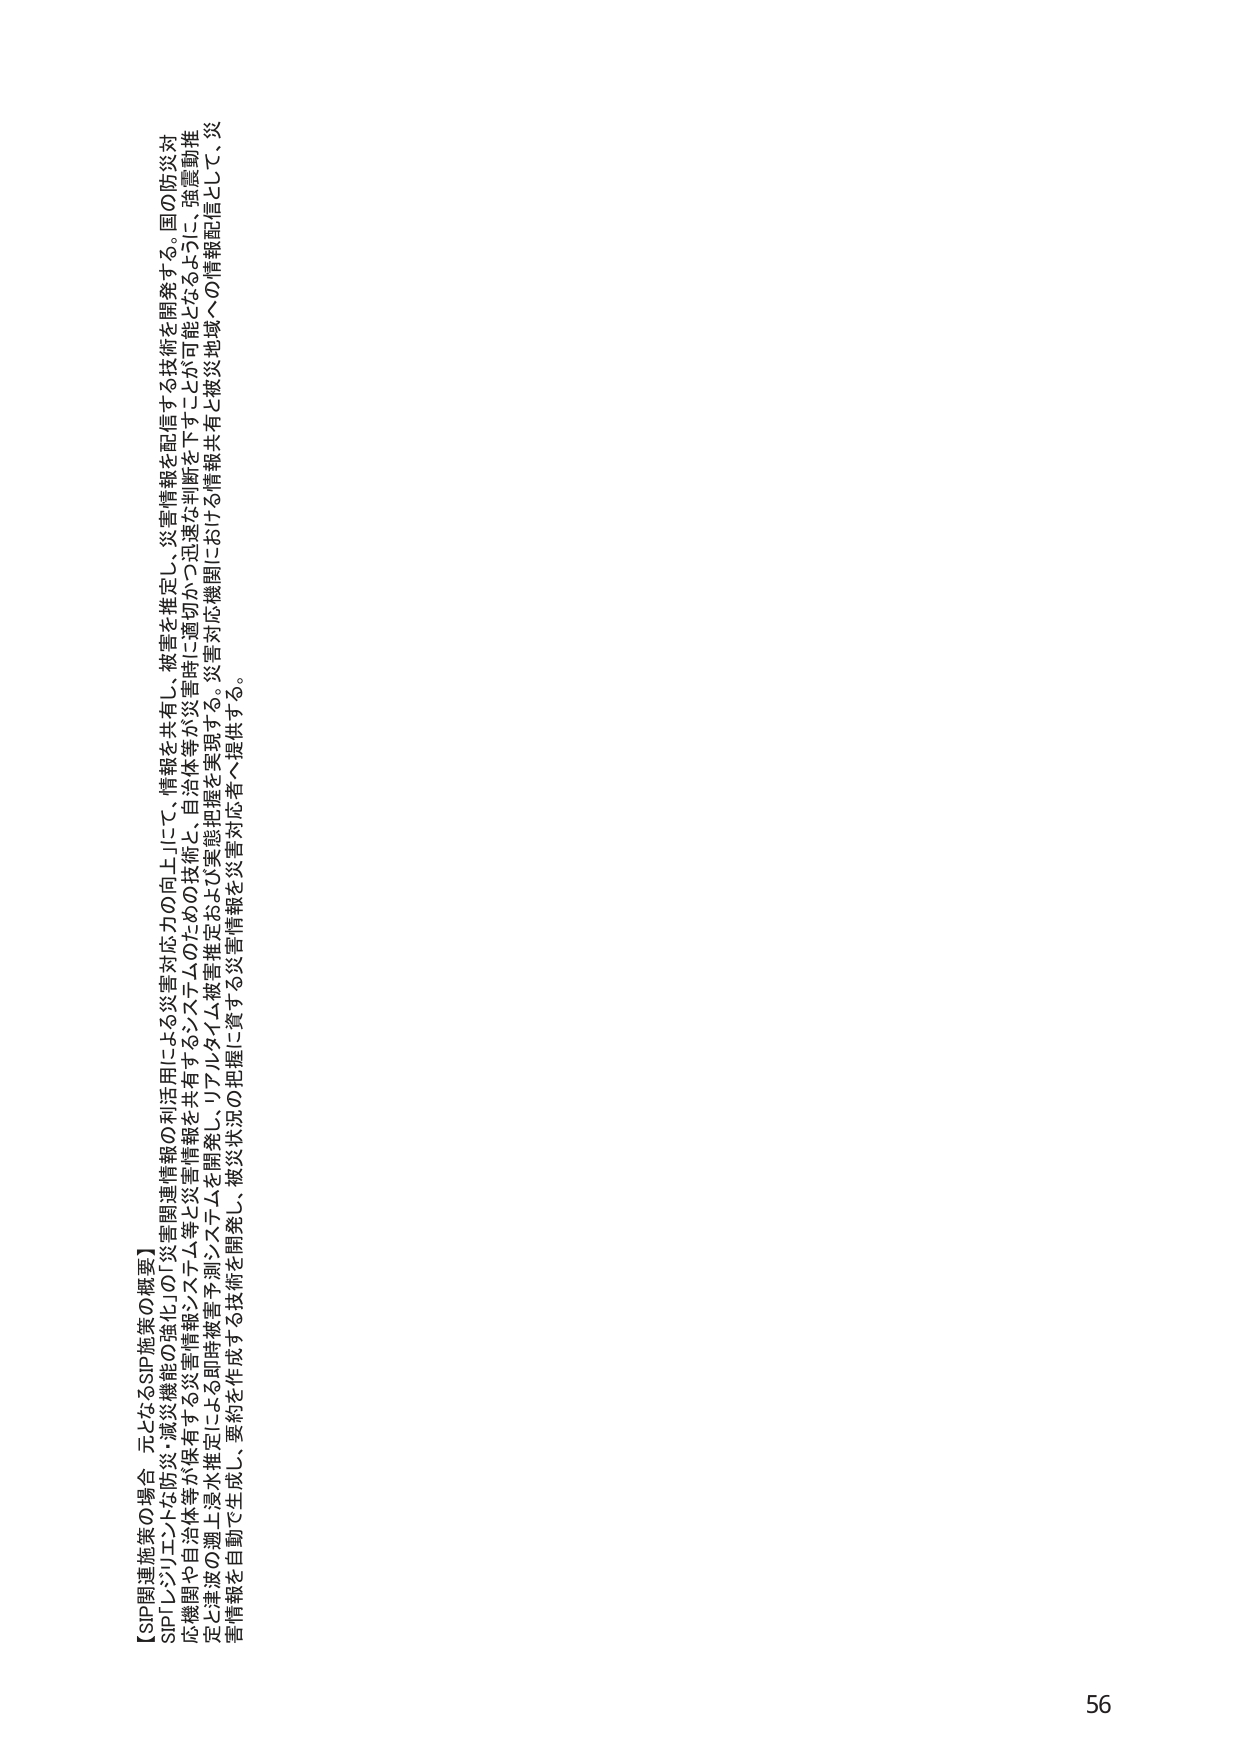
【SP関連施策の場合 元となるSP施策の概要】
SP「レジリエントな防災・減災機能の強化」の「災害関連情報の利活用による災害対応力の向上」にて、情報を共有し、被害を推定し、災害情報を配信する技術を開発する。国の防災対
応機関や自治体等が保有する災害情報を共有するシステム等のための技術と、自治体等が災害時に適切かつ迅速な判断を下すことが可能となるように、強震動推
定と津波の棚上浸水推定による即時被害予測システムを開発し、リアルタイム被害推定および実態把握を実現する。災害対応機関における情報共有と被災地域への情報配信として、災
害情報を自動で生成し、要約を作成する技術を開発し、被災状況の把握に資する災害情報を災害対応者へ提供する。

56